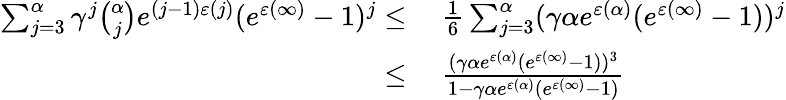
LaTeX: \begin{array}{rl}{\sum_{j=3}^{\alpha}\gamma^{j}\binom{\alpha}{j}e^{(j-1)\varepsilon(j)}(e^{\varepsilon(\infty)}-1)^{j}\leq}&{\ \frac{1}{6}\sum_{j=3}^{\alpha}(\gamma\alpha e^{\varepsilon(\alpha)}(e^{\varepsilon(\infty)}-1))^{j}}\\ {\leq}&{\ \frac{(\gamma\alpha e^{\varepsilon(\alpha)}(e^{\varepsilon(\infty)}-1))^{3}}{1-\gamma\alpha e^{\varepsilon(\alpha)}(e^{\varepsilon(\infty)}-1)}}\end{array}